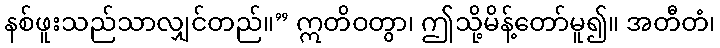
နစ်ဖူးသည်သာလျှင်တည်။” ဣတိဝတွာ၊ ဤသို့မိန့်တော်မူ၍။ အတီတံ၊